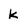
Character: k